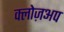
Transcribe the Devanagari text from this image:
क्लोज़अप